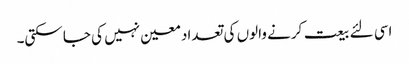
اسی لئے بیعت کرنے والوں کی تعداد معین نہیں کی جا سکتی۔